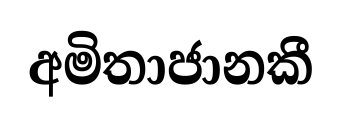
අමිතාජානකී